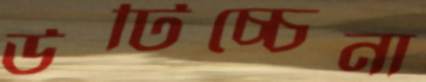
উটিচ্চেনা